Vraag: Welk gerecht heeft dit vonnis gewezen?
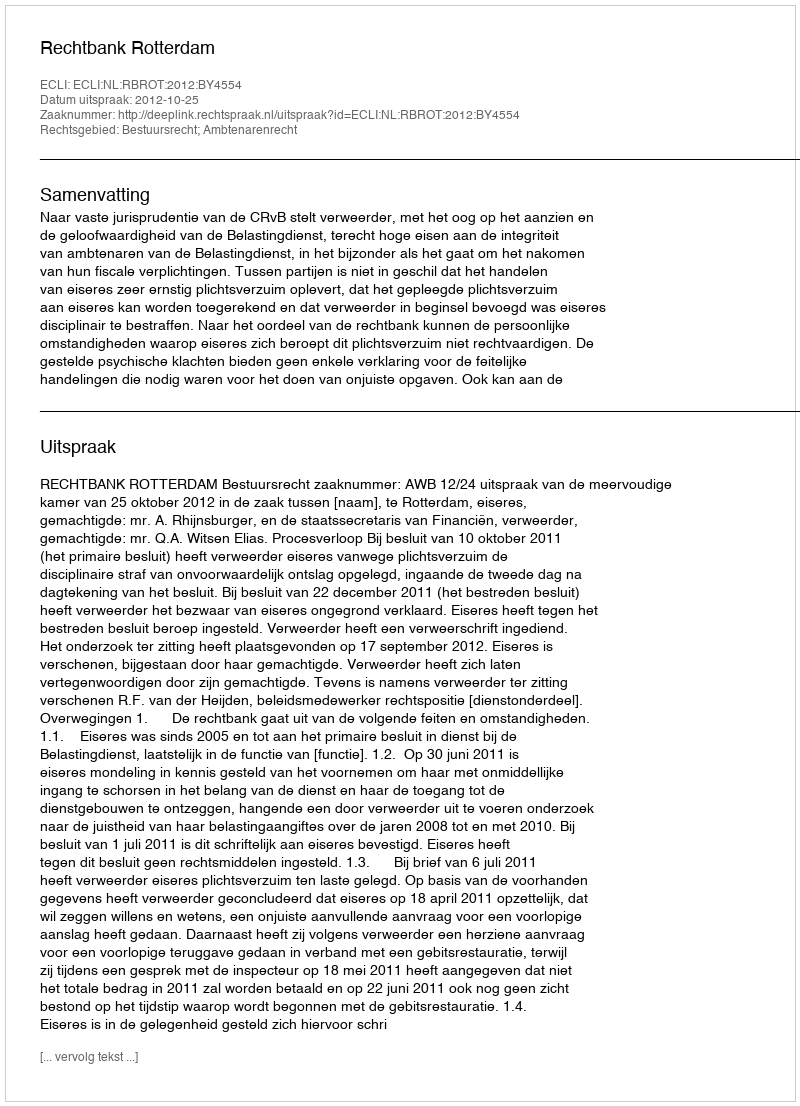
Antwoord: Rechtbank Rotterdam